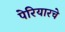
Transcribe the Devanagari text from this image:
पेरियारचे